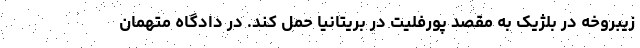
زیبروخه در بلژیک به مقصد پورفلیت در بریتانیا حمل کند. در دادگاه متهمان